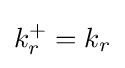
k_{r}^{+}=k_{r}